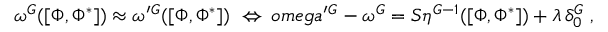
\omega ^ { G } ( [ \Phi , \Phi ^ { * } ] ) \approx \omega ^ { \prime } { } ^ { G } ( [ \Phi , \Phi ^ { * } ] ) \ \Leftrightarrow \, o m e g a ^ { \prime } { } ^ { G } - \omega ^ { G } = { \cal S } \eta ^ { G - 1 } ( [ \Phi , \Phi ^ { * } ] ) + \lambda \, \delta _ { 0 } ^ { G } \ ,